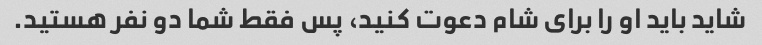
شاید باید او را برای شام دعوت کنید، پس فقط شما دو نفر هستید.